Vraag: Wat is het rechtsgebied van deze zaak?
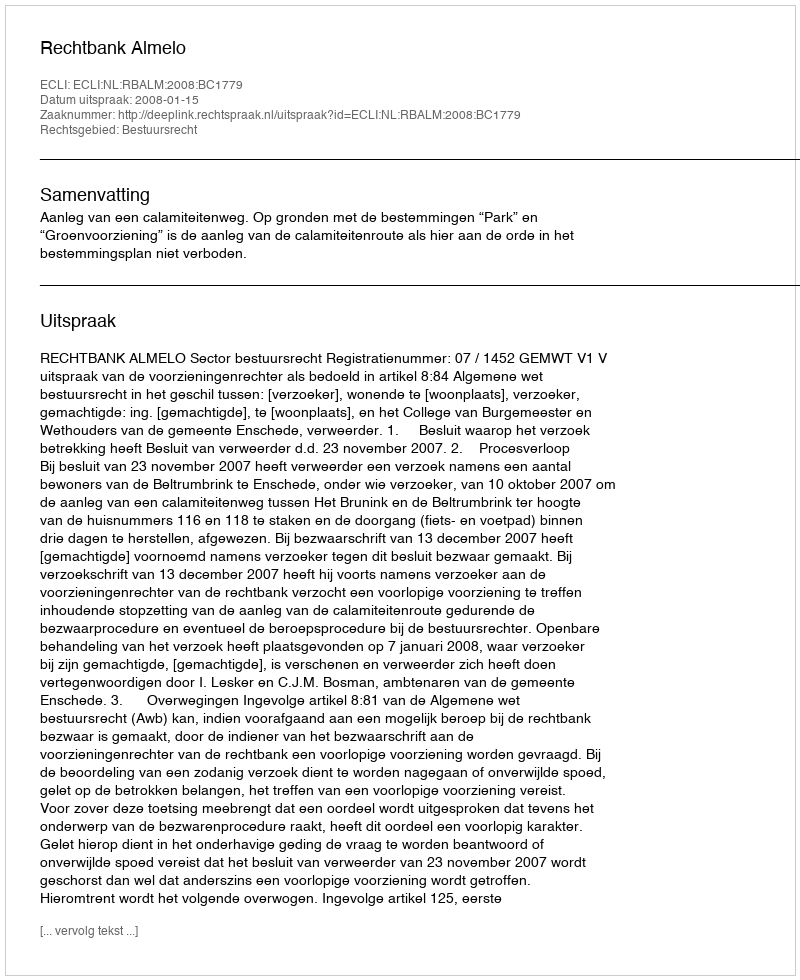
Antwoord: Bestuursrecht